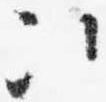
次